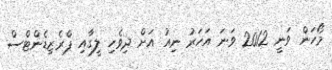
މޯހަން ވަނީ 2012 ވަނަ އަހަރު ނިއު އަށް ދިވެހި ލީގާއި ޕްރެޒިޑެންޓްސް